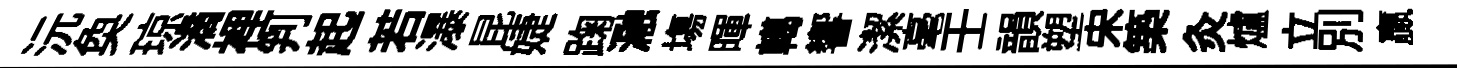
沅奐琼滴裡判起若瀑昆婕踘瀜塲暉轕響潔毫壬韻塑宋築灸爐立别贏